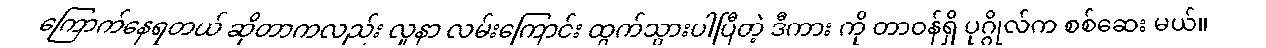
ကြောက်နေရတယ် ဆိုတာကလည်း လူနာ လမ်းကြောင်း ထွက်သွားပါပြီတဲ့ ဒီကား ကို တာဝန်ရှိ ပုဂ္ဂိုလ်က စစ်ဆေး မယ်။